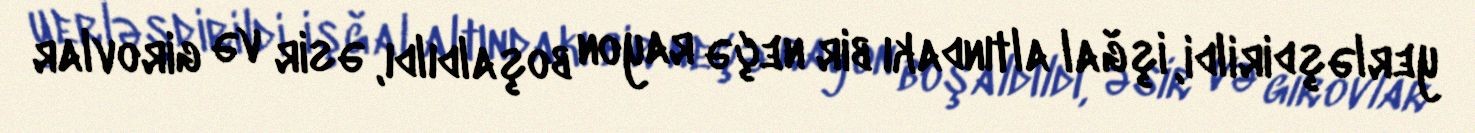
yerləşdirildi, işğal altındakı bir neçə rayon boşaldıldı, əsir və girovlar